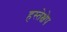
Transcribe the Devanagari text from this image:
हस्तेक्षेप